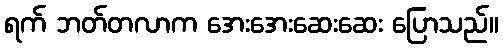
ရက် ဘတ်တလာက အေးအေးဆေးဆေး ပြောသည်။